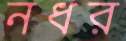
নধর